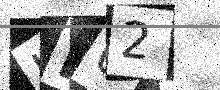
Text: HF62